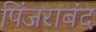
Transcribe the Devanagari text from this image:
पिंजराबंद